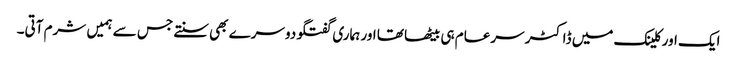
ایک اور کلینک میں ڈاکٹر سرعام ہی بیٹھا تھا اور ہماری گفتگو دوسرے بھی سنتے جس سے ہمیں شرم آتی۔